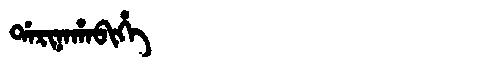
Manchu: ᡩᠠᡵᡳᠨᠠᡥᠠᠪᡳᡥᡝ
Romanization: DARINAHABIHE